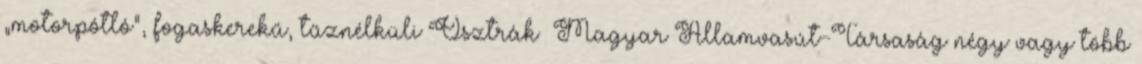
„motorpótló”, fogaskerekű, tűznélküli Osztrák –Magyar Államvasút-Társaság négy vagy több